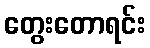
တွေးတောရင်း